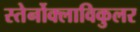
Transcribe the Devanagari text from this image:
स्तेर्नोक्लाविकुलर